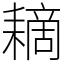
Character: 䎮